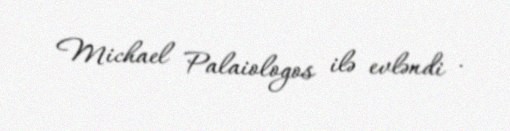
Michael Palaiologos ilə evləndi .